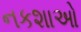
નકશાઓ